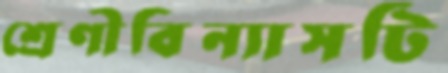
শ্রেণীবিন্যাসটি